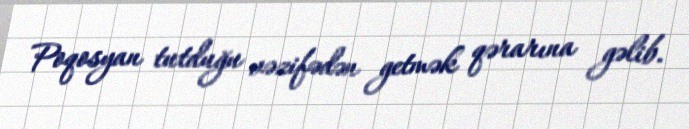
Poqosyan tutduğu vəzifədən getmək qərarına gəlib.